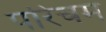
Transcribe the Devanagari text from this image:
परिचम